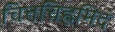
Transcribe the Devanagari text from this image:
चित्तचिह्नमिदं